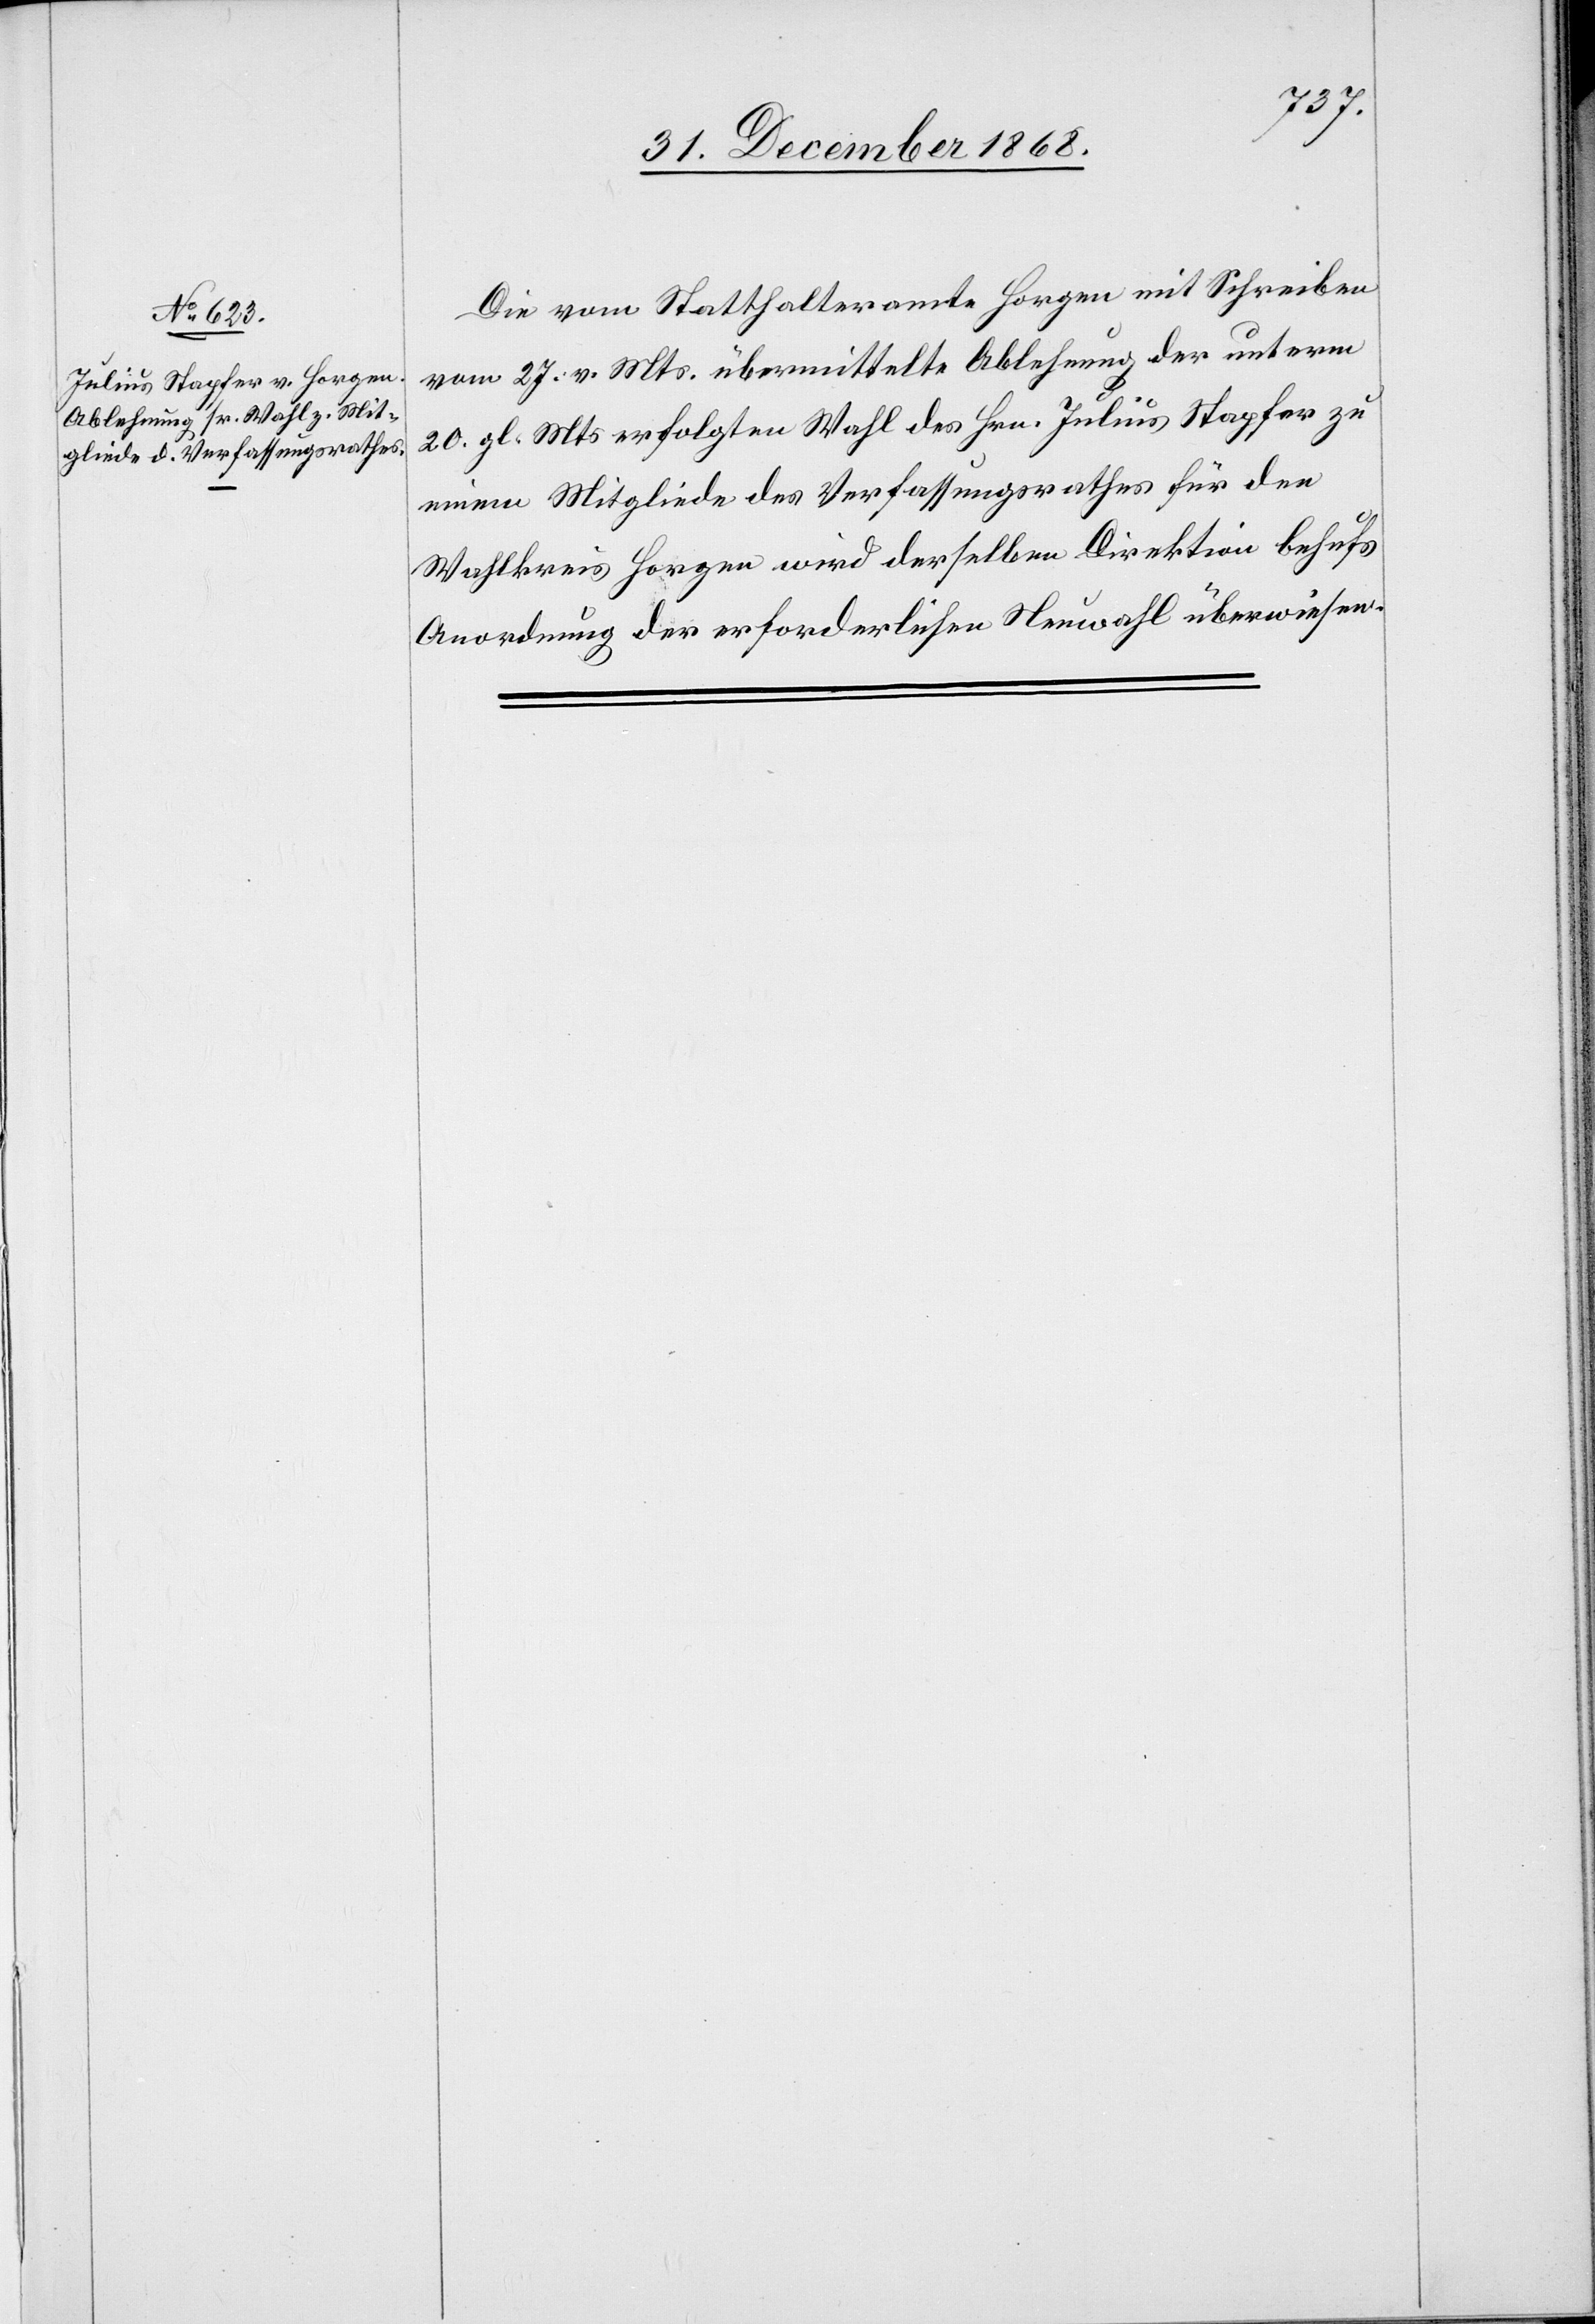
20.
Die vom Statthalteramte Horgen mit Schreiben
vom 27. v. Mts. übermittelte Ablehnung der unterm
20. gl. Mts erfolgten Wahl des Hrn. Julius Stapfer zu
einem Mitgliede des Verfassungsrathes für den
Wahlkreis Horgen wird derselben Direktion behufs
Anordnung der erforderlichen Neuwahl überwiesen.